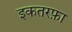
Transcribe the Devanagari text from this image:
इकतरफ़ा